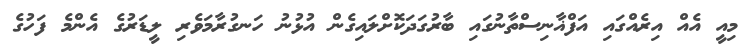
މިއީ އެއް އިރެއްގައި އަފްޣާނިސްތާނުގައި ބާރުގަދަކޮށްލައިގެން އުޅުނު ހަނގުރާމަވެރި ލީޑަރުގެ އެންމެ ފަހުގެ